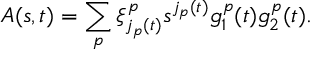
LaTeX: A ( s , t ) = \sum _ { p } ^ { } \xi _ { j _ { p } ( t ) } ^ { p } s _ { } ^ { j _ { p } ( t ) } g _ { 1 } ^ { p } ( t ) g _ { 2 } ^ { p } ( t ) .